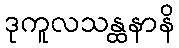
ဒုကူလသန္ထနာနိ